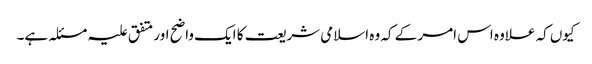
کیوں کہ علاوہ اس امر کے کہ وہ اسلامی شریعت کا ایک واضح اور متفق علیہ مسئلہ ہے۔